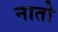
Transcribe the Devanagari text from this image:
नातो